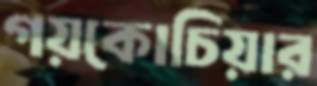
গয়কোচিয়ার